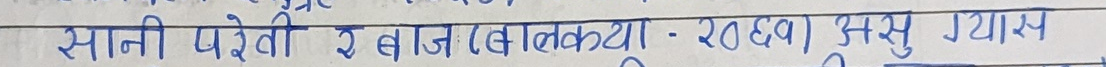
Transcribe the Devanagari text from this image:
सानी परेली र बाज (बलकिया -२०६१) असु गयास